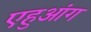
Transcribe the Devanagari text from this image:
एहुआंग